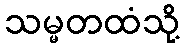
သမ္မတထံသို့